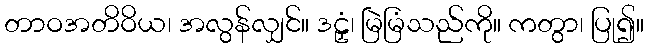
တာဝအတိဝိယ၊ အလွန်လျှင်။ ဒဠှံ၊ မြဲမြံသည်ကို။ ကတွာ၊ ပြု၍။